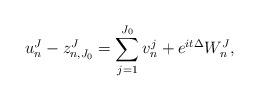
LaTeX: \begin{align*}u_n^J - z_{n,J_0}^J = \sum_{j=1}^{J_0} v_n^j + e^{it\Delta} W_n^J,\end{align*}